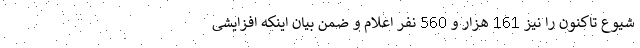
شیوع تاکنون را نیز 161 هزار و 560 نفر اعلام و ضمن بیان اینکه افزایشی